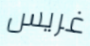
غريس